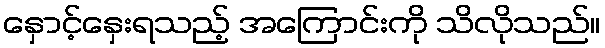
နှောင့်နှေးရသည့် အကြောင်းကို သိလိုသည်။